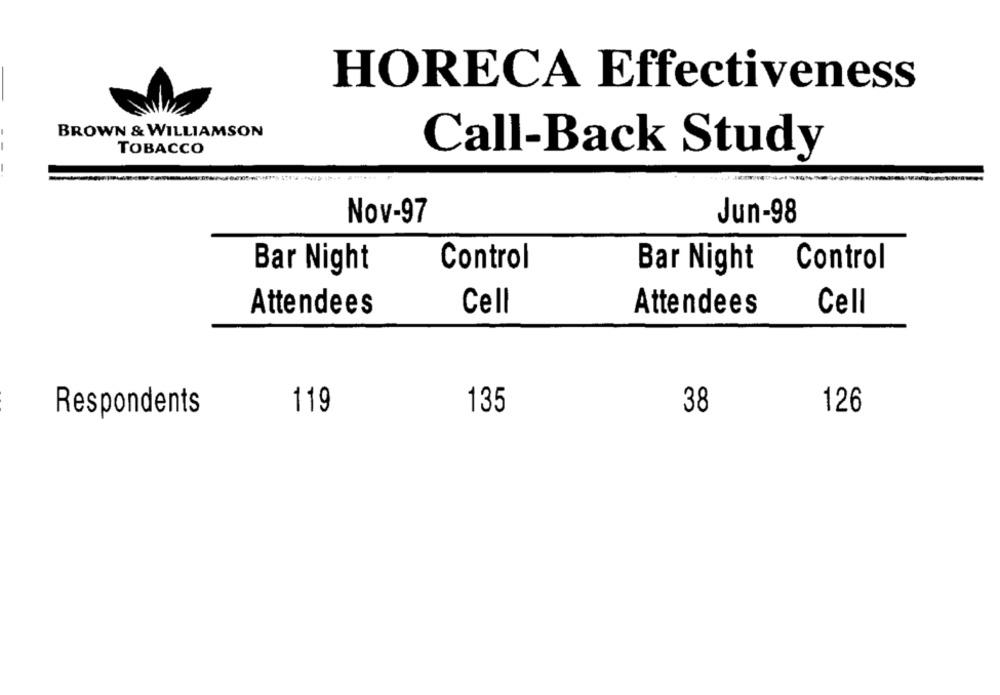
HORECA Effectiveness
BROWN & WILLIAMSON
TOBACCO
Call-Back Study
Nov-97
Jun-98
Control
Bar Night
Bar Night
Control
Attendees
Cell
Attendees
Cell
119
135
38
126
Respondents